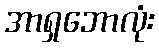
အာရှဘောလုံး